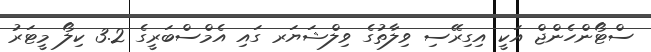
ސްޓޯންހެންޖް އަކީ އިގިރޭސި ވިލާތުގެ ވިލްޝަޔަރ ގައި އެމްސްބަރީގެ 3.2 ކިލޯ މީޓަރު